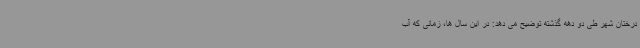
درختان شهر طی دو دهه گذشته توضیح می دهد: در این سال ها، زمانی که آب